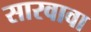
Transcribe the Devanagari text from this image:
सारवावा